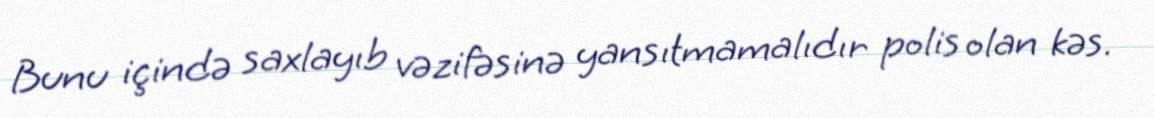
Bunu içində saxlayıb vəzifəsinə yansıtmamalıdır polis olan kəs.